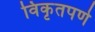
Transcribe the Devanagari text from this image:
विकृतपणे